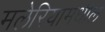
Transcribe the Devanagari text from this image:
मलेरियामधील